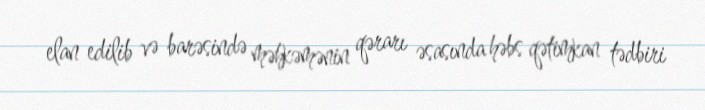
elan edilib və barəsində məhkəmənin qərarı əsasında həbs qətimkan tədbiri